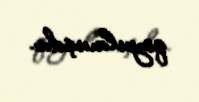
qoyulmuşdu.